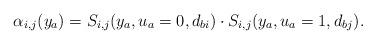
LaTeX: \begin{align*} \alpha_{i,j}(y_a) = S_{i,j}(y_a,u_a=0,d_{bi})\cdot S_{i,j}(y_a,u_a=1,d_{bj}).\end{align*}